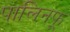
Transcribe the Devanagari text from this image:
पालिनफू